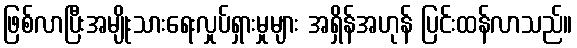
ဖြစ်လာပြီးအမျိုးသားရေးလှုပ်ရှားမှုများ အရှိန်အဟုန် ပြင်းထန်လာသည်။